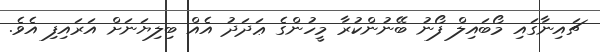
ޗައިނާގައި މޯބައިލް ފޯނު ބޭނުންކުރާ މީހުންގެ ޢަދަދު އެއް ބިލިޔަނަށް އަރައިފި އެވެ.